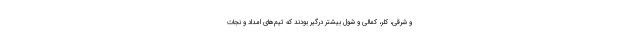
و شرقی، کلر، کمالی و شول بیشتر درگیر بودند که تیم‌های امداد و نجات